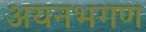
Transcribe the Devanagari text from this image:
अयनभगण